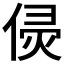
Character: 𠊸